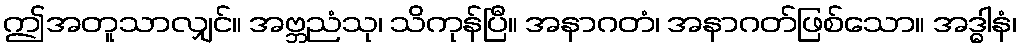
ဤအတူသာလျှင်။ အဗ္ဘညံသု၊ သိကုန်ပြီ။ အနာဂတံ၊ အနာဂတ်ဖြစ်သော။ အဒ္ဓါနံ၊